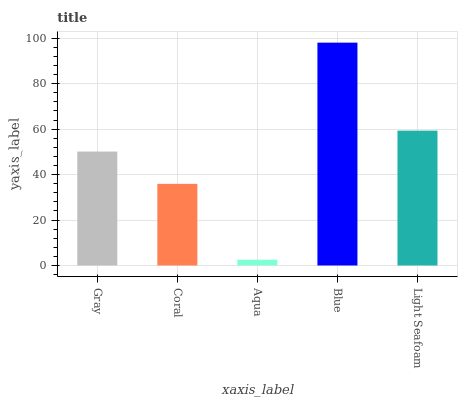
| xaxis_label | bars |
 | --- | --- |
 | Gray | 50.1 |
 | Coral | 35.9 |
 | Aqua | 2.55 |
 | Blue | 98.1 |
 | Light Seafoam | 59.4 |